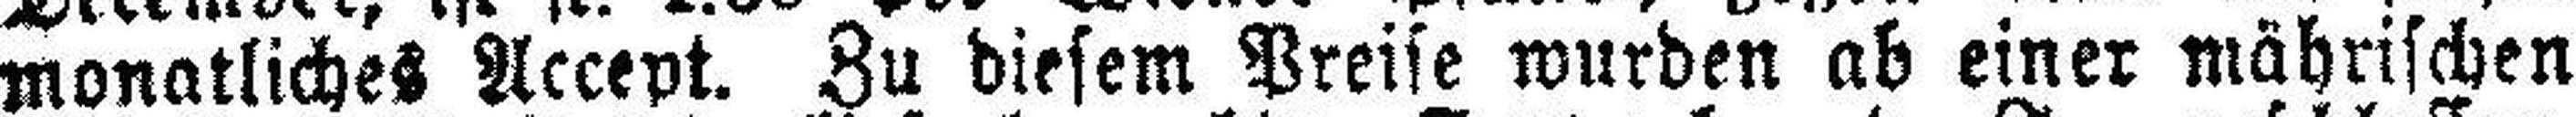
monatliches Accept. Zu diesem Preise wurden ab einer mährischen